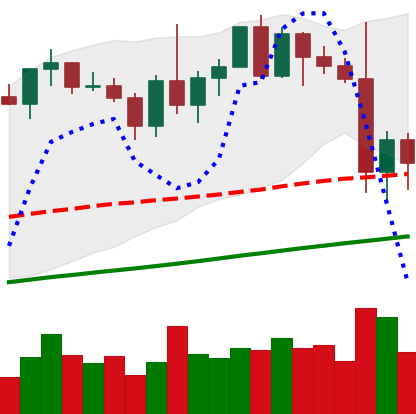
Ticker: XMR-USD
Chart end date: 2021-01-03
Forward return: 3.234%
Label: up_3_5